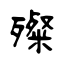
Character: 殩